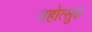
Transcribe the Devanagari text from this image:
सहोत्सुकं